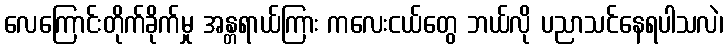
လေကြောင်းတိုက်ခိုက်မှု အန္တရာယ်ကြား ကလေးငယ်တွေ ဘယ်လို ပညာသင်နေရပါသလဲ၊